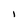
Character: I